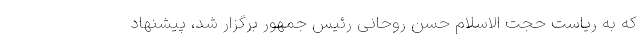
که به ریاست ‌حجت الاسلام حسن روحانی‌ رئیس جمهور برگزار شد، پیشنهاد